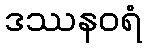
ဒဿနဝရံ